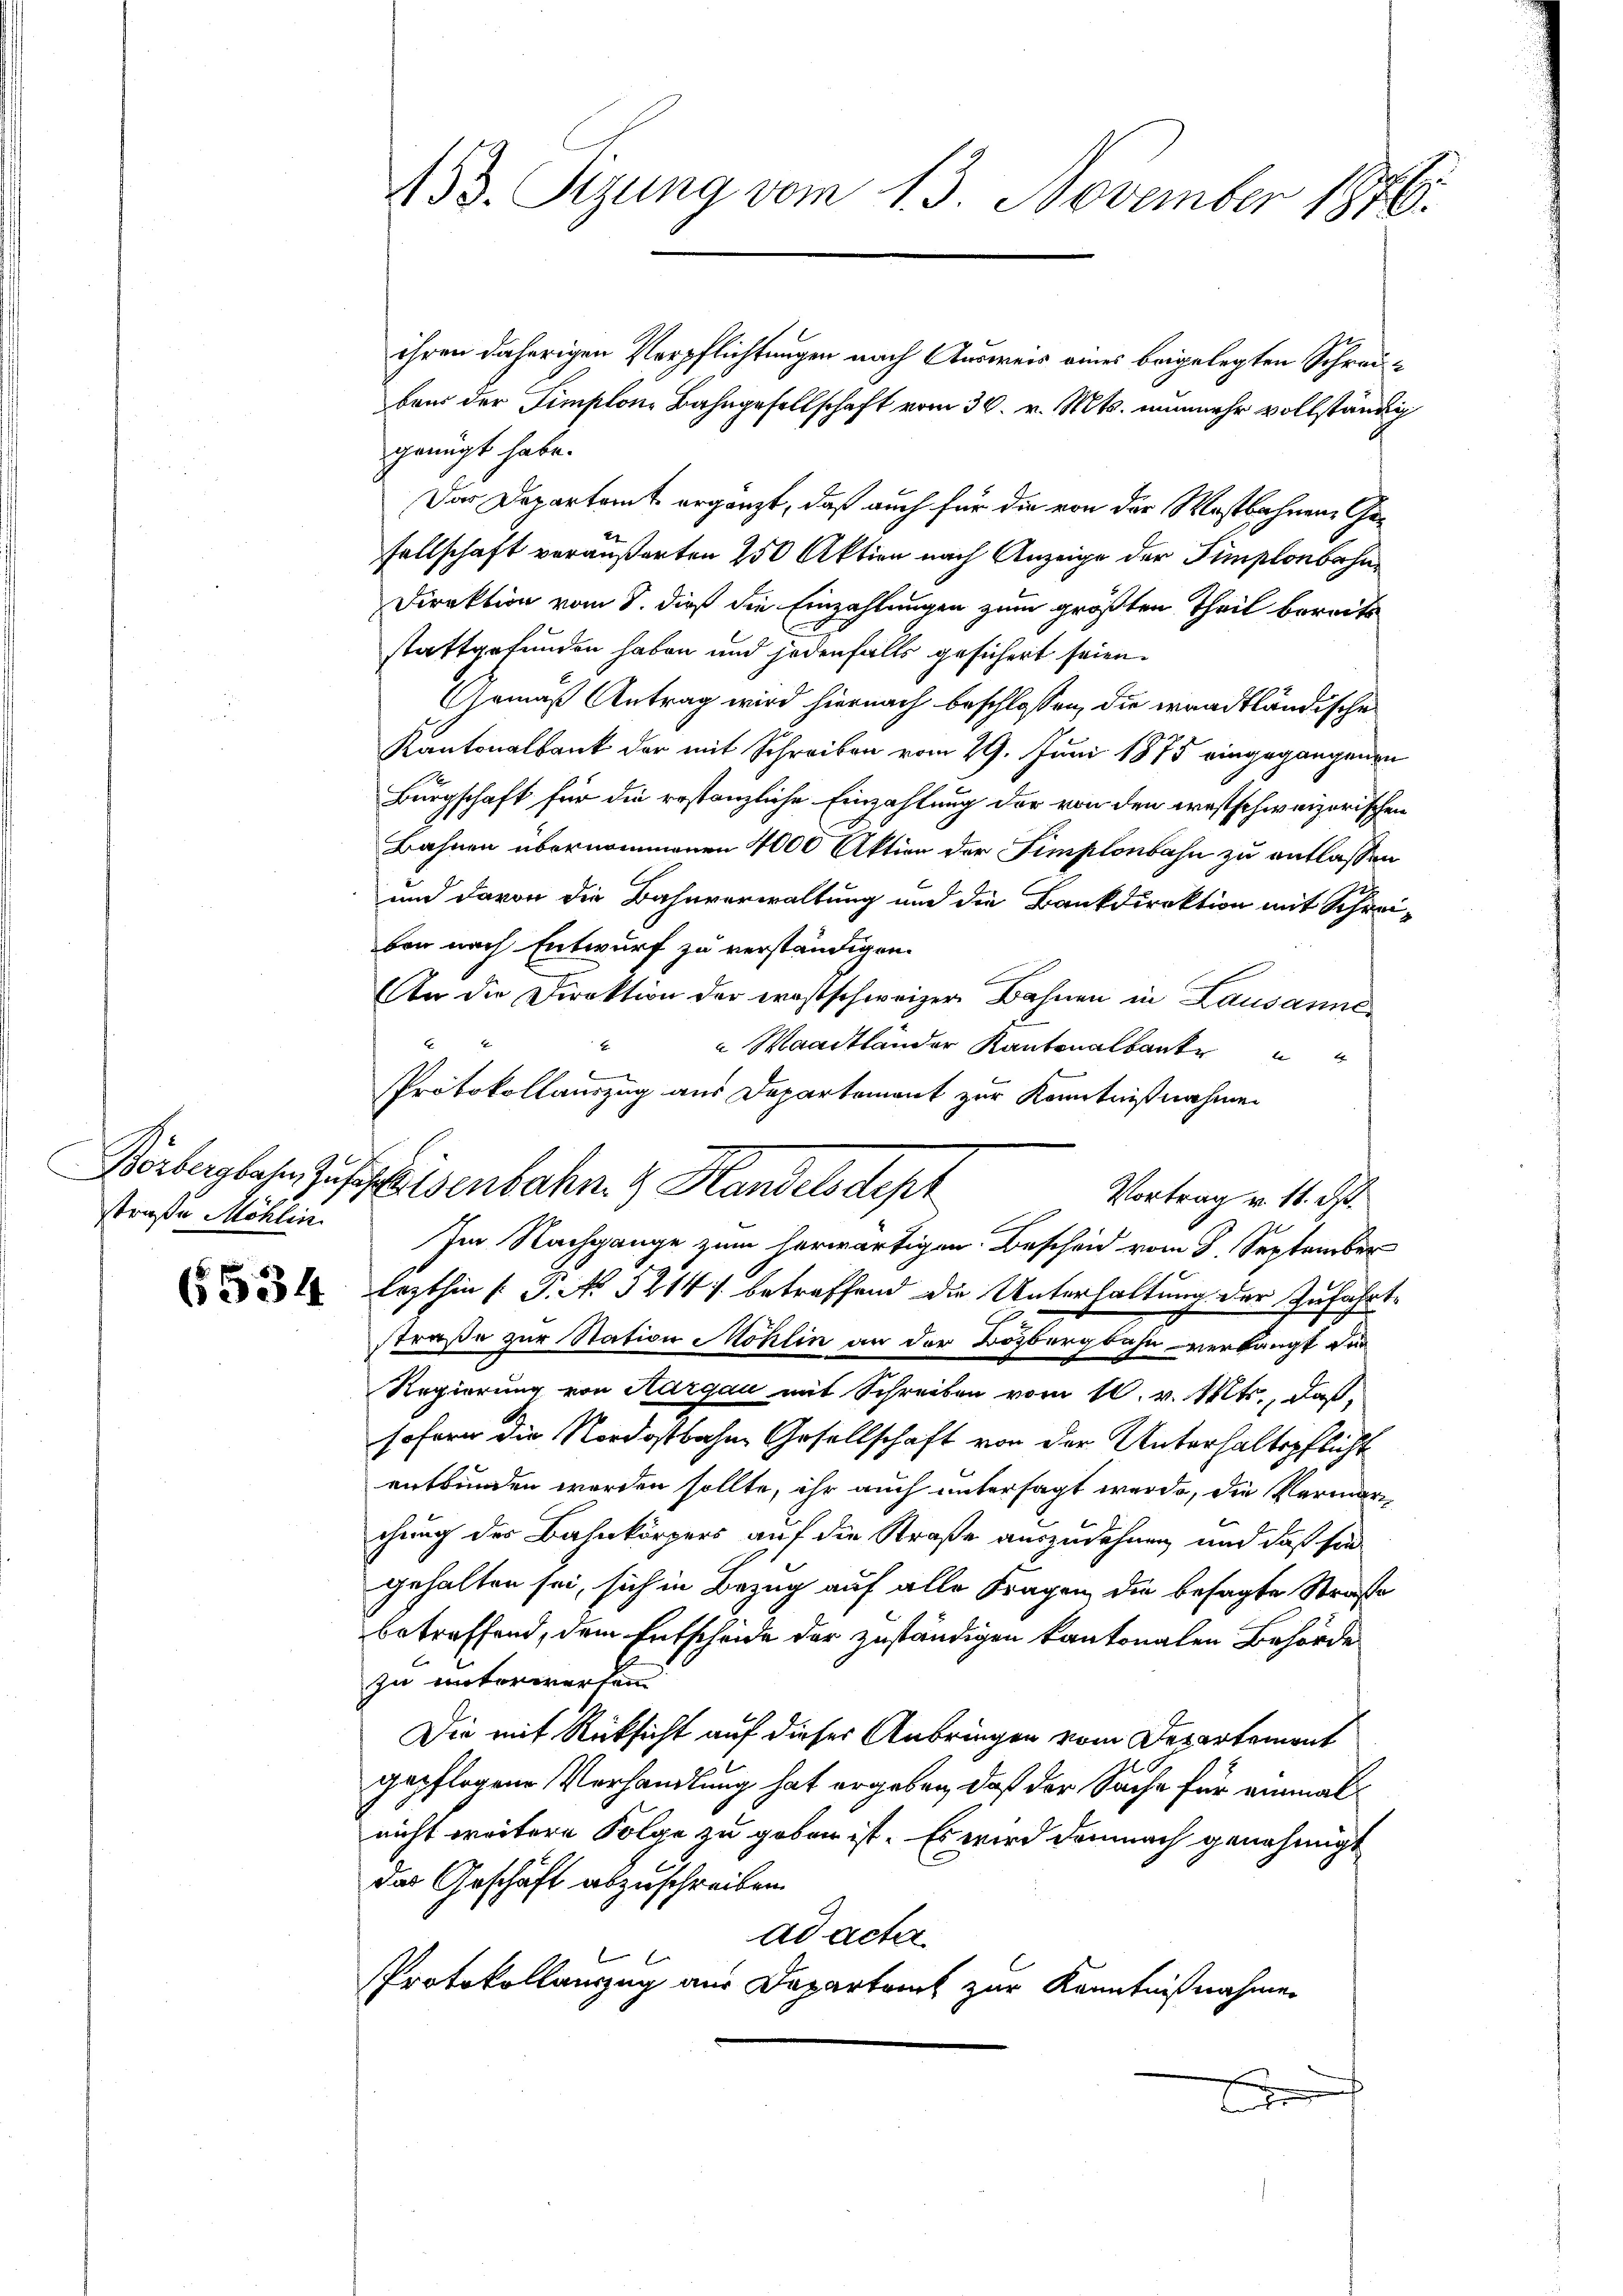
straße Möhlin

x
6334

453. Sizung vom 13. November 1876.

Berberglasen Zusatz eisenbahn. & Handelsdepr

ihren daherigen Verpflichtungen nach Ausweis eines beigelegten Schreiben der Simplone Bahngesellschaft vom 30. v. Mts. nunmehr vollständig
genügt habe.
Das Departamt ergänzt, daß auch für die von der Wastbahnen Gesellschaft veräußerten 250 Aktion nach Anzeige der Simplonbahn¬
Direktion vom 8. dieß die Einzahlungen zum größten Theil bereits
stattgefunden haben und jedenfalls gesichert seien.
Gemäß Antrag wird hiernach beschlossen, die waadtländische
Kantonalbank der mit Schreiben vom 29. Juni 1875 eingegangenen
Bürgschaft für die restanzliche Einzahlung der von den westschweizerischen
Bahnen übernommenen 4000 Aktion der Simplonbahn zu entlassen
und davon die Bahnverwaltung und die Bankdirektion mit Schrei-
ben nach Entwurf zu verständigen.
An die Direktion der Trostschweizer Bahnen in Lausanne
E 4
 Waadtländer Kantonalbank
Protokollauszug aus Departement zur Kenntnißnahmen
Im Nachgange zum herwärtigen Bescheid vom 8. September
lezthin 1 S. No 5214) betreffend die Unterhaltung der Zufahrt¬
Straße zur Station Möhlin an der Dozbergbahn verlangt für
Regierung von Aargau mit Schreiben vom 10. v. Mts., daß,
sofern die Nordostbahne Gesellschaft von der Unterhaltspflicht
entbunden werden sollte, ihr auch untersagt werde, die Vermar
chung des Bahnkörpers auf die Straße auszudehnen, und daß sie
gehalten sei, sich in Bezug auf alle Fragen die besagte Straße
betreffend, dem Entscheide der zuständigen kantonalen Behörde
zu unterworfen.
Die mit Rücksicht auf dieser Anbringen vom Departement
gepflogene Verhandlung hat ergeben, daß der Sache für einmal
nicht weitere Folge zu geben ist. Es wird demnach genehmigt
das Geschäft abzuschreiben.
ad acta
Protokollauszug aus Departauch zur Kenntnißnahmen
E

Vortrag u. 11. ds.